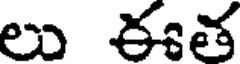
లు ఈత